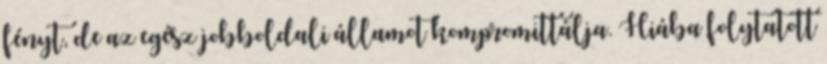
fényt, de az egész jobboldali államot kompromittálja. Hiába folytatott